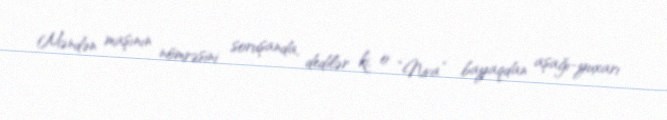
Məndən maşının nömrəsini soruşanda, dedilər ki, o “Niva” bayaqdan aşağı-yuxarı